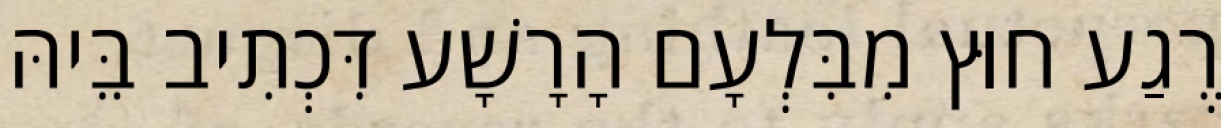
רֶגַע חוּץ מִבִּלְעָם הָרָשָׁע דִּכְתִיב בֵּיהּ